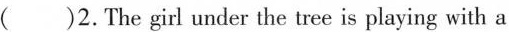
()2. The girl under the tree is playing with a